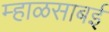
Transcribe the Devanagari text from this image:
म्हाळसाबई